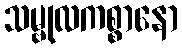
သမ္ဗုလကစ္စာနော